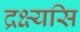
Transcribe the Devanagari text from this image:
द्रक्ष्यसि